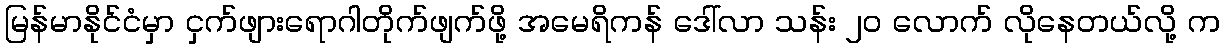
မြန်မာနိုင်ငံမှာ ငှက်ဖျားရောဂါတိုက်ဖျက်ဖို့ အမေရိကန် ဒေါ်လာ သန်း ၂၀ လောက် လိုနေတယ်လို့ က